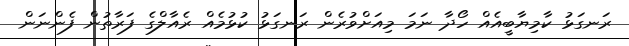
ރަނގަޅު ކާމިޔާބީއެއް ހޯދާ ނަމަ މިއަށްވުރެން ރަނގަޅު ކުޅުމެއް ރެއާލްގެ ފަރާތުން ފެންނަން